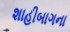
શાહીબાગના